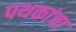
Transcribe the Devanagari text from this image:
पथकांचा